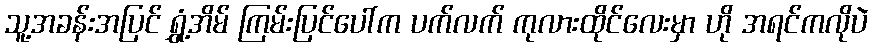
သူ့အခန်းအပြင် ရွှံ့အိမ် ကြမ်းပြင်ပေါ်က ပက်လက် ကုလားထိုင်လေးမှာ ဟို အရင်ကလိုပဲ